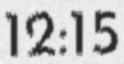
12:15